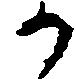
か